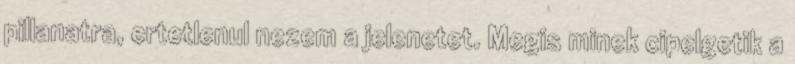
pillanatra, ertetlenul nezem a jelenetet. Megis minek cipelgetik a